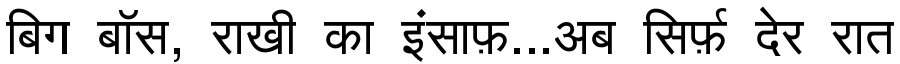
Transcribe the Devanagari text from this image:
बिग बॉस, राखी का इंसाफ़...अब सिर्फ़ देर रात